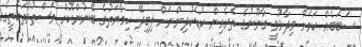
ސަބަބެއް ކަމަށް ވިދާޅުވީ ގާނޫނުގެ ތެރެއިން ކުޑަކުދިންނަށް ލިބިދޭ ހިމާޔަތުގެ ބޭނުންކޮށް މަސްތުވާތަކެތީގެ